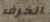
الخرف